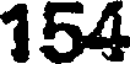
154